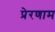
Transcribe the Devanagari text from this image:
प्रेरणाम